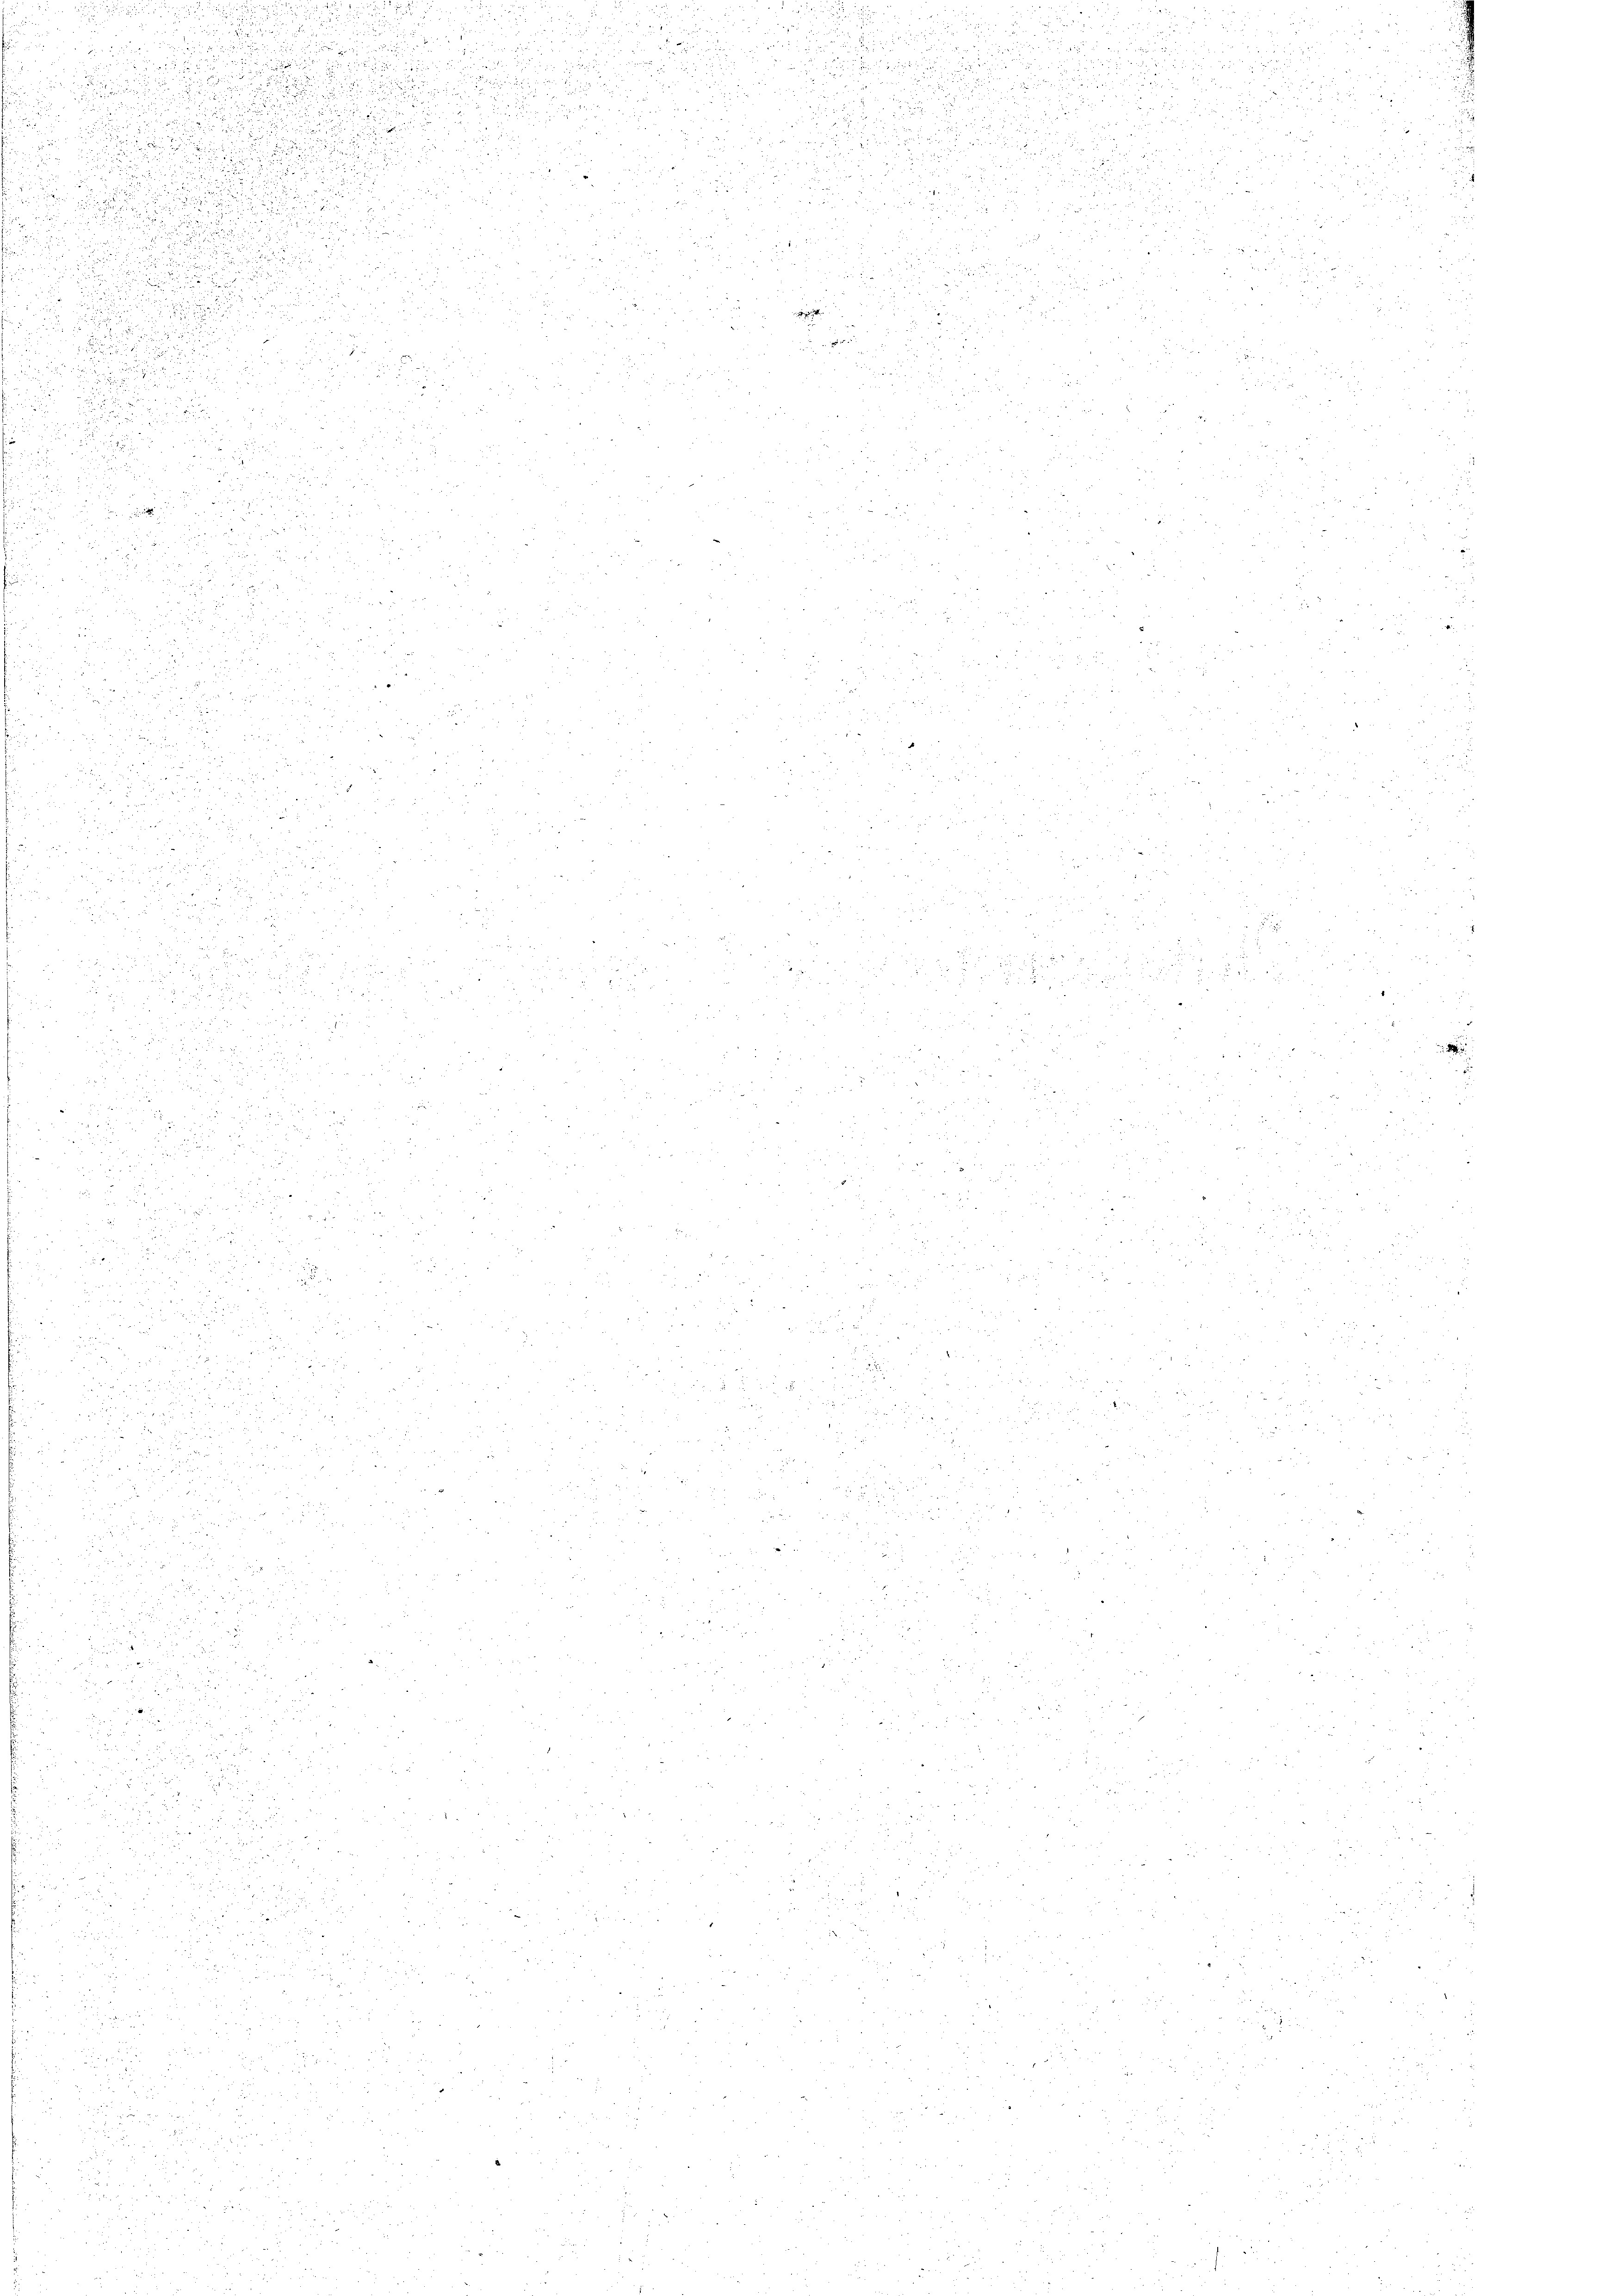
e

              der die zu
.

 die

f den

55

n

3
s in der
12

7

d

1

0

1

u

a nun

u
u

u

u
 xx
.

2

d
5

25
uch in die
ius
rau
u
d

 52 x

i

2

3

.
7

.

e
5 x 15
d

e

2

28

.
u
 xx
 2
u

             da der

2
.
.

un

35
.

F 1
u
u

d

.

.

§ 2

u

.

2

zu
2 x 2 x
 x

2. r. 283

555

1

 die vor den und

 229.
.
25
125 f 52 x
d

 xx

.

u
u

x
i
.
o